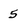
Character: 5